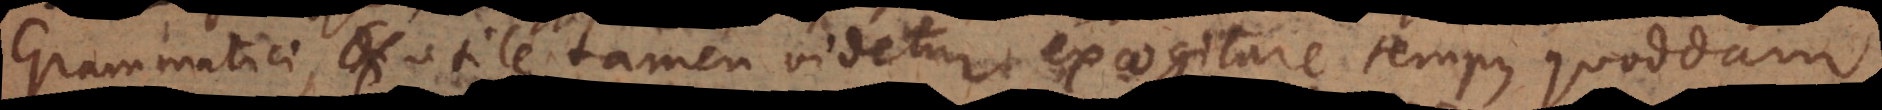
Grammatici, utile tamen videtur excogitare tempus quoddam